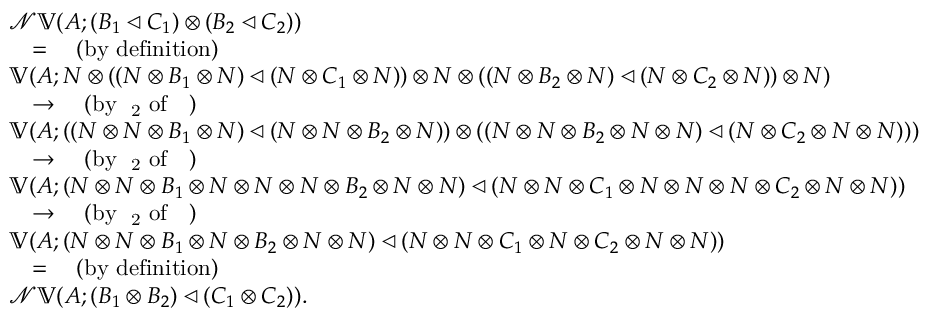
\begin{array} { r l r } & { 𝓝 𝕍 ( A ; ( B _ { 1 } ◁ C _ { 1 } ) ⊗ ( B _ { 2 } ◁ C _ { 2 } ) ) } & \\ & { \quad = \quad \mathrm { ( b y ~ d e f i n i t i o n ) } } \\ & { 𝕍 ( A ; N ⊗ ( ( N ⊗ B _ { 1 } ⊗ N ) ◁ ( N ⊗ C _ { 1 } ⊗ N ) ) ⊗ N ⊗ ( ( N ⊗ B _ { 2 } ⊗ N ) ◁ ( N ⊗ C _ { 2 } ⊗ N ) ) ⊗ N ) } & \\ & { \quad \to \quad \mathrm { ( b y ~ ψ _ 2 ~ o f ~ 𝕍 ~ ) } } \\ & { 𝕍 ( A ; ( ( N ⊗ N ⊗ B _ { 1 } ⊗ N ) ◁ ( N ⊗ N ⊗ B _ { 2 } ⊗ N ) ) ⊗ ( ( N ⊗ N ⊗ B _ { 2 } ⊗ N ⊗ N ) ◁ ( N ⊗ C _ { 2 } ⊗ N ⊗ N ) ) ) } & \\ & { \quad \to \quad \mathrm { ( b y ~ ψ _ 2 ~ o f ~ 𝕍 ~ ) } } \\ & { 𝕍 ( A ; ( N ⊗ N ⊗ B _ { 1 } ⊗ N ⊗ N ⊗ N ⊗ B _ { 2 } ⊗ N ⊗ N ) ◁ ( N ⊗ N ⊗ C _ { 1 } ⊗ N ⊗ N ⊗ N ⊗ C _ { 2 } ⊗ N ⊗ N ) ) } & \\ & { \quad \to \quad \mathrm { ( b y ~ φ _ 2 ~ o f ~ 𝕍 ~ ) } } \\ & { 𝕍 ( A ; ( N ⊗ N ⊗ B _ { 1 } ⊗ N ⊗ B _ { 2 } ⊗ N ⊗ N ) ◁ ( N ⊗ N ⊗ C _ { 1 } ⊗ N ⊗ C _ { 2 } ⊗ N ⊗ N ) ) } & \\ & { \quad = \quad \mathrm { ( b y ~ d e f i n i t i o n ) } } \\ & { 𝓝 𝕍 ( A ; ( B _ { 1 } ⊗ B _ { 2 } ) ◁ ( C _ { 1 } ⊗ C _ { 2 } ) ) . } \end{array}